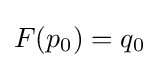
F(p_{0})=q_{0}